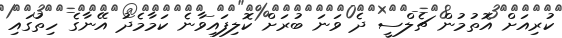
ކުރިއަށް އޮތުމުން ޗެލްސީ ދެ ވަނަ ބުރަށް ކޮލިފައިވާނެ ކަމާމެދު އޭނާގެ ހިތުގައި